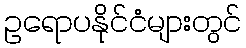
ဥရောပနိုင်ငံများတွင်